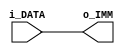
module riscv_sign_imm(i_DATA,o_IMM);
	parameter BUS_WIDTH = 32;

	input  [BUS_WIDTH-1:0] i_DATA;
	output [BUS_WIDTH-1:0] o_IMM;

	always @*
	begin
		o_IMM = i_DATA;	
	end

endmodule